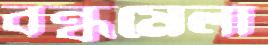
বন্ধুমেলা